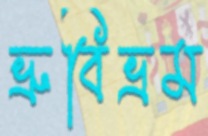
ভ্রুবিভ্রম